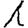
Digit: 1